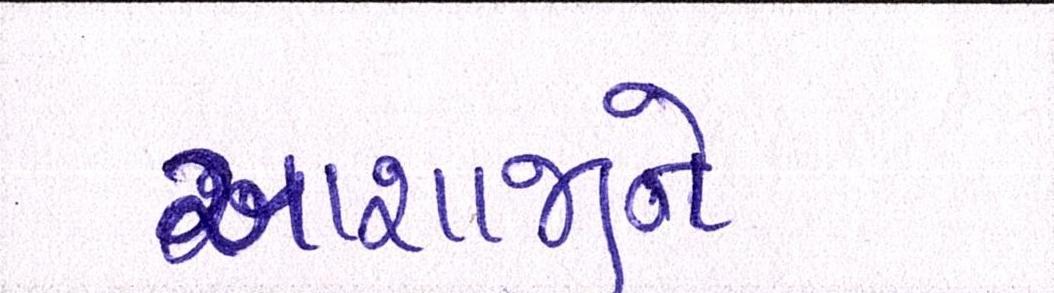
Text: આશાજીને